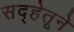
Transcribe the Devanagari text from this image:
सद्‍हेतूने